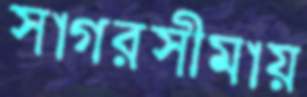
সাগরসীমায়